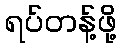
ရပ်တန့်ဖို့